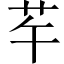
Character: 𦬶